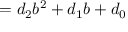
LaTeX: = d _ { 2 } b ^ { 2 } + d _ { 1 } b + d _ { 0 }